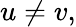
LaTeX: u\ne v,